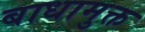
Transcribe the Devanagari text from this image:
बाधामुक्त